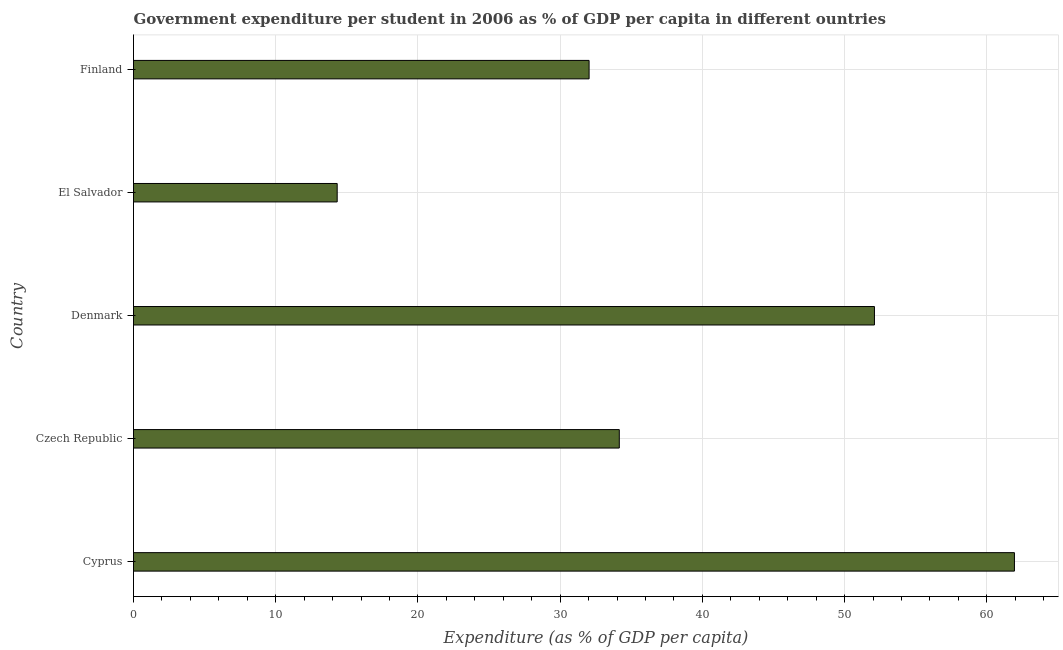
| Country | Government expenditure per tertiary student |
 | --- | --- |
 | Cyprus | 61.9 |
 | Czech Republic | 34.2 |
 | Denmark | 52.1 |
 | El Salvador | 14.3 |
 | Finland | 32 |